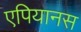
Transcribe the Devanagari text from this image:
एपियानस